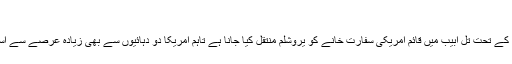
‘‘
ڈی پی اے کے مطابق ایک امریکی قانون کے تحت تل ابیب میں قائم امریکی سفارت خانے کو یروشلم منتقل کیا جانا ہے تاہم امریکا دو دہائیوں سے بھی زیادہ عرصے سے اسے تل ابیب میں ہی قائم رکھے ہوئے ہے۔